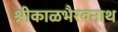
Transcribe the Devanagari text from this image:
श्रीकाळभैरवनाथ